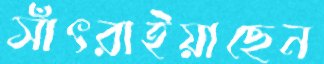
সাঁৎরাইয়াছেন